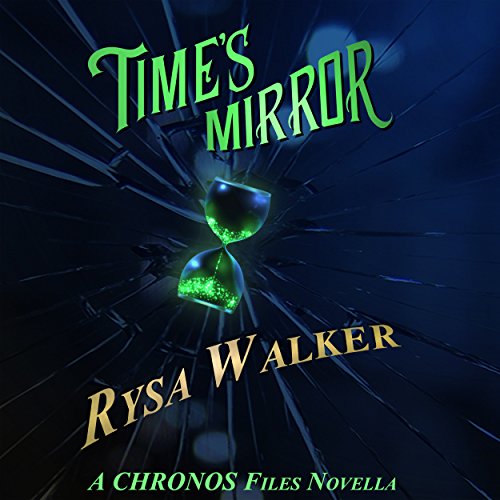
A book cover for Time's Mirror: A CHRONOS Files Novella; Rysa Walker; Science Fiction & Fantasy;